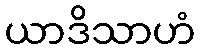
ယာဒိသာဟံ